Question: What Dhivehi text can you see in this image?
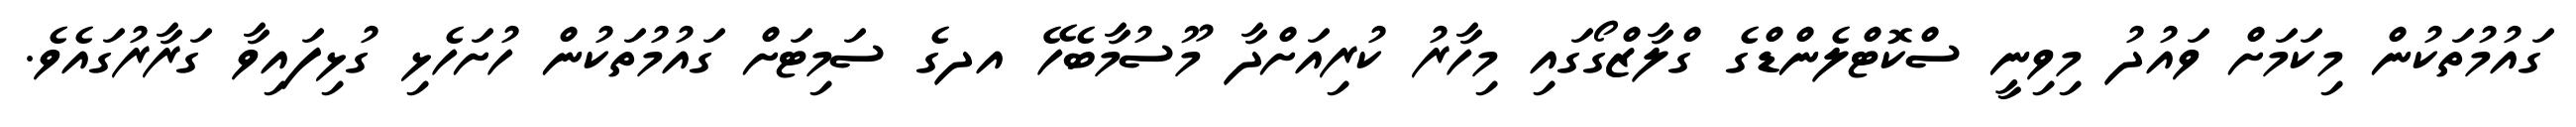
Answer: ގައުމުތަކުން މިކަމަށް ވައުދު މިވިނީ ސްކޮޓްލެންޑްގެ ގްލާޒްގޯގައި މިހާރު ކުރިއަށްދާ މޫސުމާބެހޭ އދގެ ސަމިޓަށް ގައުމުތަކުން ހުށަހެޅި ގުޅިފައިވާ ގަރާރުގައެވެ.